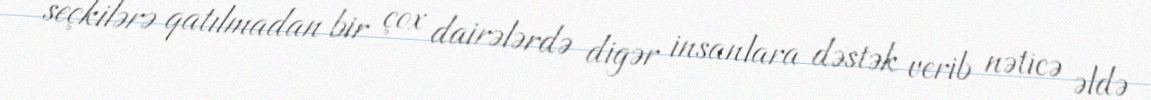
seçkilərə qatılmadan bir çox dairələrdə digər insanlara dəstək verib nəticə əldə